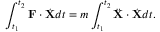
\int _ { t _ { 1 } } ^ { t _ { 2 } } \mathbf { F } \cdot { \dot { \mathbf { X } } } d t = m \int _ { t _ { 1 } } ^ { t _ { 2 } } { \ddot { \mathbf { X } } } \cdot { \dot { \mathbf { X } } } d t .